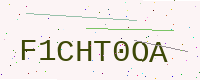
Text: F1CHT0OA